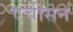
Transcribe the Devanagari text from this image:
एचीसन